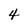
Character: 4